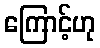
ကြောင့်ဟု